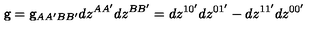
\mathrm { \sf g } = \mathrm { \sf g } _ { A A ^ { \prime } B B ^ { \prime } } d z ^ { A A ^ { \prime } } d z ^ { B B ^ { \prime } } = d z ^ { 1 0 ^ { \prime } } d z ^ { 0 1 ^ { \prime } } - d z ^ { 1 1 ^ { \prime } } d z ^ { 0 0 ^ { \prime } }